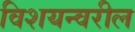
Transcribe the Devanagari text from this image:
विशयन्वरील